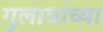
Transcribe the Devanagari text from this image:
गुलाबांच्या